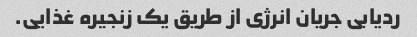
ردیابی جریان انرژی از طریق یک زنجیره غذایی.